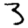
Digit: 3